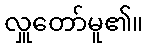
လှူတော်မူ၏။